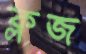
ক্লজ